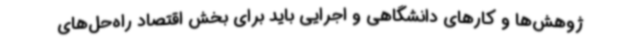
ژوهش‌ها و کارهای دانشگاهی و اجرایی باید برای بخش اقتصاد راه‌حل‌های